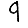
Digit: 9